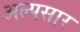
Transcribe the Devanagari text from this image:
अल्पसार